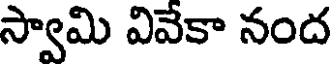
స్వామి వివేకా నంద